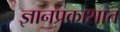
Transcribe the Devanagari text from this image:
ज्ञानप्रकाशात